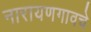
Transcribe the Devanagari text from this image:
नारायणगावचे